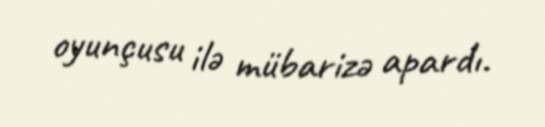
oyunçusu ilə mübarizə apardı.